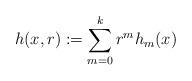
LaTeX: \begin{align*}h(x,r) := \sum_{m=0}^k r^m h_m(x)\end{align*}